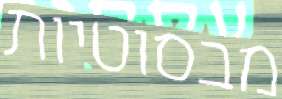
מבסוטיות